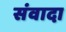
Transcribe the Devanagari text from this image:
संवादा